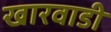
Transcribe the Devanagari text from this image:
खारवाडी